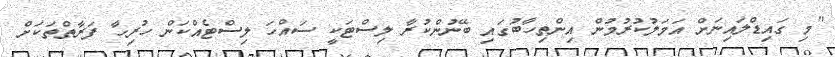
"މި ގައިޑްލައިނަށް އަމަލުކުރުމުން އިންތިހާބުގައި ބޭނުންކުރާ ލިސްޓަކީ ސައްހަ ލިސްޓެއްކަން ހުރިހާ ފަރާތްތަކަށް